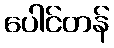
ပေါင်တန်